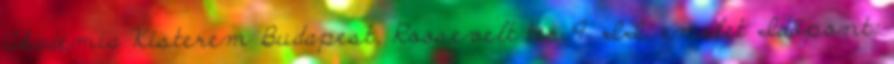
Akadémia Kisterem Budapest, Roosevelt tér 9. II. emelet Időpont: